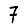
Digit: 7